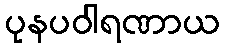
ပုနပဝါရဏာယ